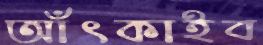
আঁৎকাইব